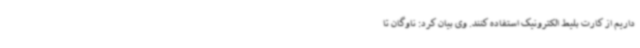
داریم از کارت بلیط الکترونیک استفاده کنند. وی بیان کرد: ناوگان تا